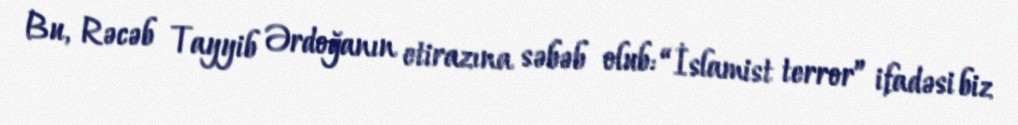
Bu, Rəcəb Tayyib Ərdoğanın etirazına səbəb olub: “İslamist terror” ifadəsi biz